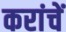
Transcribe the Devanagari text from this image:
करांचें